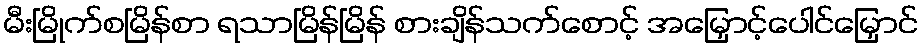
မီးမြိုက်စမြိန်စာ ရသာမြိန်မြိန် စားချိန်သက်စောင့် အမြှောင့်ပေါင်မြှောင်